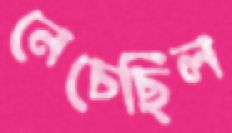
নেচেছিল